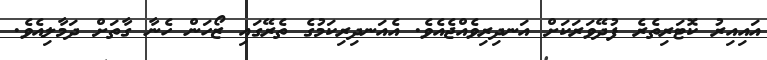
އައިއިރު ކޮޓަރިތެރެ ފުދޭވަރަކަށް އަނދިރިވެއްޖެއެވެ. އެއަނދިރިކަމުގެ ތެރޭގައި ޒޯހަން ހެނާ ގާތަށް ދަމާލިއެވެ.